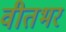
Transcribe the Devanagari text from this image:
वीतभर